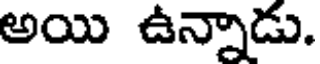
అయి ఉన్నాడు.